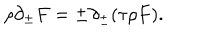
LaTeX: \rho \partial _ { \pm } F = \pm \partial _ { \pm } ( \tau \rho F ) .